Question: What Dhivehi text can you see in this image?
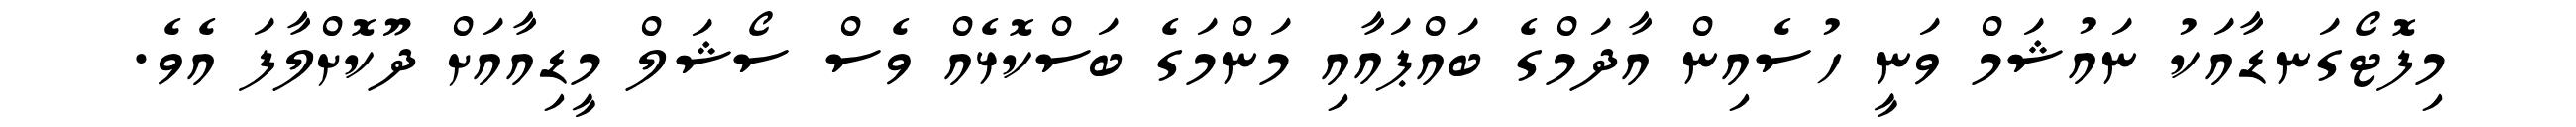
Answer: މިފޮޓޯގަނޑާއަކު ނައުޝަމް ވަނީ ހުސެއިން އާދަމްގެ ބައްޕައާއި މަންމަގެ ބަސްކޮޅެއް ވެސް ސޯޝަލް މީޑިއާއަށް ދޫކޮށްލާފަ އެވެ.